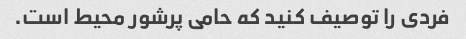
فردی را توصیف کنید که حامی پرشور محیط است.